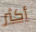
أكثر